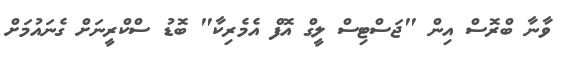
ވާނާ ބްރޮސް އިން "ޖަސްޓިސް ލީގް އޮފް އެމެރިކާ" ބޮޑު ސްކްރީނަށް ގެނައުމަށް